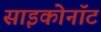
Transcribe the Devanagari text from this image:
साइकोनॉट